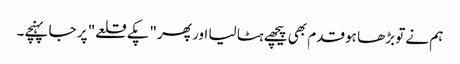
ہم نے تو بڑھا ہو قدم بھی پیچھے ہٹا لیا اور پھر "پکے قلعے" پر جا پہنچے۔